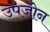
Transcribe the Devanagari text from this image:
उपजोन